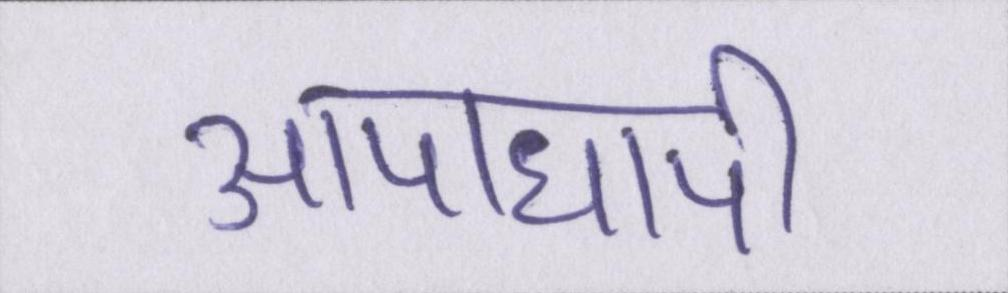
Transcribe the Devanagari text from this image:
आपाधापी